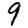
Digit: 9